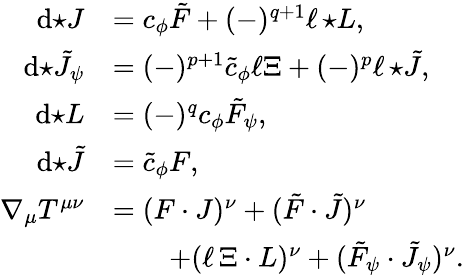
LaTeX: \begin{array}{rl}{\mathrm{d}{\star J}}&{=c_{\phi}\tilde{F}+(-)^{q+1}\ell\, {\star L},}\\ {\mathrm{d}{\star\tilde{J}_{\psi}}}&{=(-)^{p+1}\tilde{c}_{\phi}\ell\Xi+(-)^{p}\ell\, {\star\tilde{J}},}\\ {\mathrm{d}{\star L}}&{=(-)^{q}c_{\phi}\tilde{F}_{\psi},}\\ {\mathrm{d}{\star\tilde{J}}}&{=\tilde{c}_{\phi}F,}\\ {\nabla_{\mu}T^{\mu\nu}}&{=(F\cdot J)^{\nu}+(\tilde{F}\cdot\tilde{J})^{\nu}}\\ &{\qquad+(\ell\, \Xi\cdot L)^{\nu}+(\tilde{F}_{\psi}\cdot\tilde{J}_{\psi})^{\nu}.}\end{array}